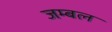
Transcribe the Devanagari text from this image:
जम्‍बल